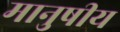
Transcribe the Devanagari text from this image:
मानुषीय